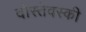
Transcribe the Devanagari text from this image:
दोस्तेवस्की